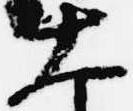
大